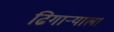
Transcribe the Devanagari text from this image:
ढिगाऱ्याला